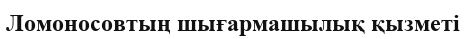
Ломоносовтың шығармашылық қызметі